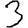
Digit: 3